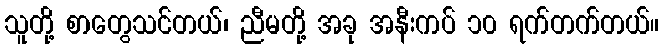
သူတို့ စာတွေသင်တယ်၊ ညီမတို့ အခု အနီးကပ် ၁၀ ရက်တက်တယ်။